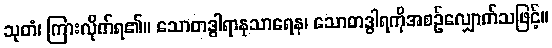
သုတံ၊ ကြားလိုက်ရ၏။ သောတဒွါရာနုသာရေန၊ သောတဒွါရကိုအစဉ်လျှောက်သဖြင့်။